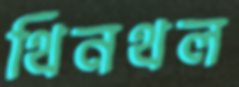
থিনথল